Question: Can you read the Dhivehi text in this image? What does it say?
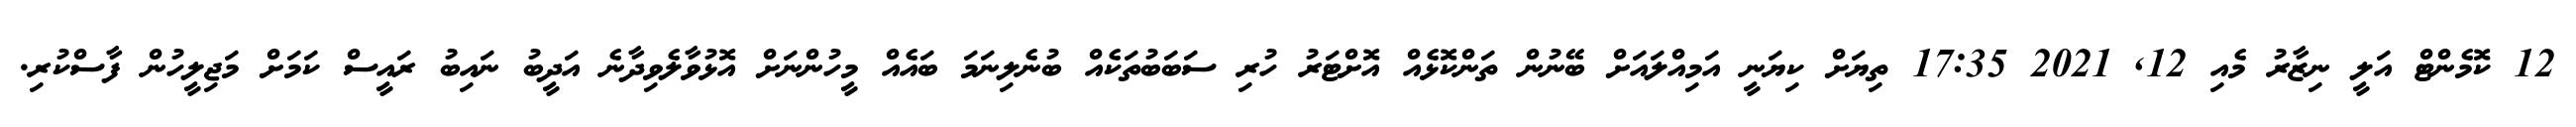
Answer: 12 ކޮމެންޓް އަލީ ނިޒާރު މެއި 12, 2021 17:35 ތިޔަށް ކިޔަނީ އަމިއްލައަށް ބޭނުން ތަންކޮޅެއް އޮށްޓަރު ހުރި ސަބަބުތަކެއް ބުނެލިނަމަ ބައެއް މީހުންނަށް އޮޅުވާލެވިދާނެ އަދީބު ނައިބު ރައީސް ކަމަށް މަޖިލީހުން ފާސްކުރި.